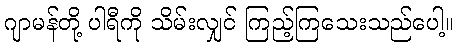
ဂျာမန်တို့ ပါရီကို သိမ်းလျှင် ကြည့်ကြသေးသည်ပေါ့။